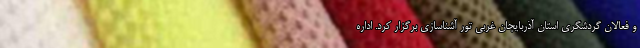
و فعالان گردشگری استان آذربایجان غربی تور آشناسازی برگزار کرد. اداره